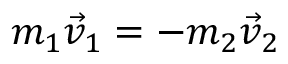
m _ { 1 } \vec { v } _ { 1 } = - m _ { 2 } \vec { v } _ { 2 }